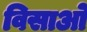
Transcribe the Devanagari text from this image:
विसाओ